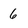
Character: 6